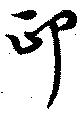
印